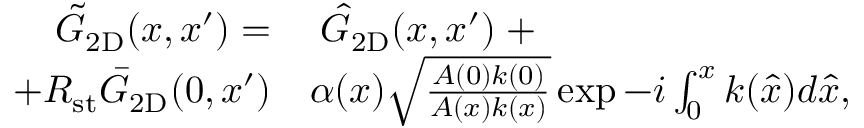
\begin{array} { r l } { \tilde { G } _ { \mathrm { 2 D } } ( x , x ^ { \prime } ) = } & { \; \hat { G } _ { \mathrm { 2 D } } ( x , x ^ { \prime } ) \; + } \\ { + R _ { \mathrm { s t } } \bar { G } _ { \mathrm { 2 D } } ( 0 , x ^ { \prime } ) } & { \alpha ( x ) \sqrt { \frac { A ( 0 ) k ( 0 ) } { A ( x ) k ( x ) } } \exp { - i \int _ { 0 } ^ { x } k ( \hat { x } ) d \hat { x } } , } \end{array}